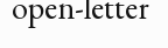
open-letter